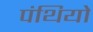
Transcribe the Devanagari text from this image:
पंथियो